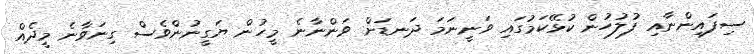
ސިފައިންނާއި ފުލުހުން ކުޅޭކަމުގައި ވަނީނަމަ ދަނޑަށް ވަންނާނެ މީހުން ޔަގީނުންވެސް ގިނަވާނެ މީދެއް